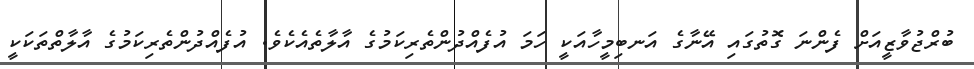
ބުރްޖުވާޒީއަށް ފެންނަ ގޮތުގައި އޭނާގެ އަނބިމީހާއަކީ ހަމަ އުފެއްދުންތެރިކަމުގެ އާލާތެއެކެވެ. އުފެއްދުންތެރިކަމުގެ އާލާތްތަކަކީ